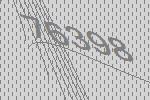
76398